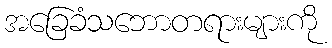
အခြေခံသဘောတရားများကို